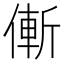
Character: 𠌲